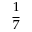
\frac { 1 } { 7 }